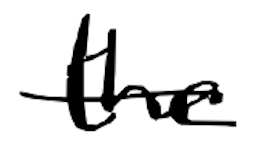
Text: the
Cross-out: single-line
Writing tool: digital_black